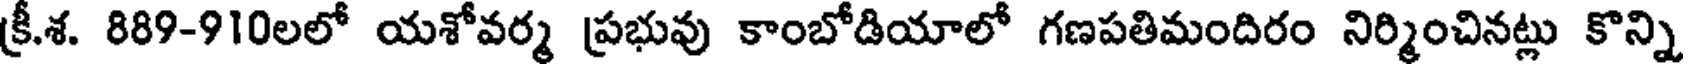
క్రీ.శ. 889-910లలో యశోవర్మ ప్రభువు కాంబోడియాలో గణపతిమందిరం నిర్మించినట్లు కొన్ని